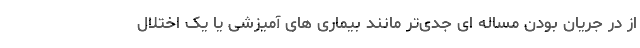
از در جریان بودن مساله ای جدی‌تر مانند بیماری های آمیزشی یا یک اختلال